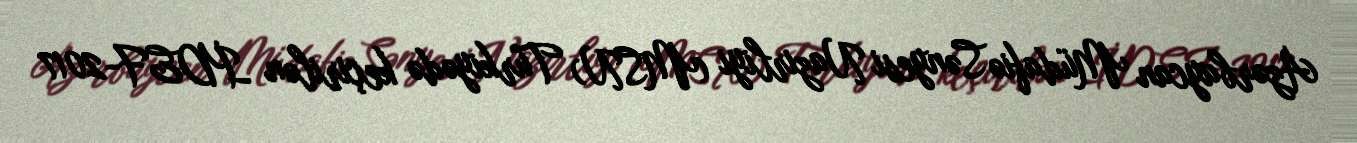
Azərbaycan Müdafiə Sənyesi Nazirliyi (MSN) Türkiyədə keçirilən İDEF-2017